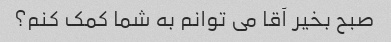
صبح بخیر آقا می توانم به شما کمک کنم؟